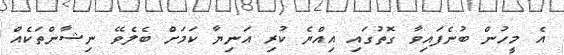
އެ މީހުން ބުނެފައިވާ ގޮތުގައި އިއްޔެ ކުރި އަނިޔާ ކަމަށް ބެލެވޭ ނިޝާންތަކެއް